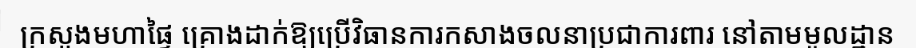
ក្រសួងមហាផ្ទៃ គ្រោងដាក់ឱ្យប្រើវិធានការកសាងចលនាប្រជាការពារ នៅតាមមូលដ្ឋាន